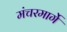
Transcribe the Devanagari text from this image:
मंचरमार्गे